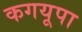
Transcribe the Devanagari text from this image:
कगयूपा